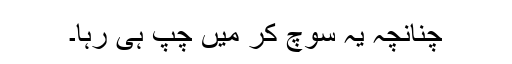
چنانچہ یہ سوچ کر میں چپ ہی رہا۔